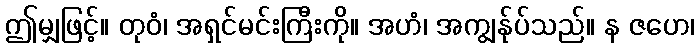
ဤမျှဖြင့်။ တုဝံ၊ အရှင်မင်းကြီးကို။ အဟံ၊ အကျွန်ုပ်သည်။ န ဇဟေ၊